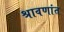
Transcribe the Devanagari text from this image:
श्रावणांत